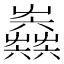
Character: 𡴫